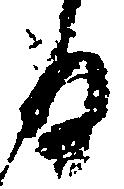
る